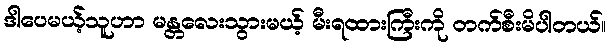
ဒါပေမယ့်သူဟာ မန္တလေးသွားမယ့် မီးရထားကြီးကို တက်စီးမိပါတယ်။